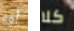
أوه كلا